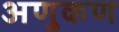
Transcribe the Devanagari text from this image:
अणुकण